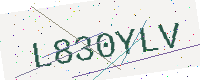
Text: L830YLV